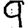
Digit: 9